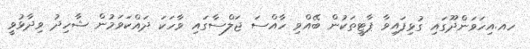
ހއ.އިހަވަންދޫގައި ގުޅިފައިވާ ޕާޓީތަކުން ބޭއްވި ހާއްސަ ޖަލްސާގައި ވާހަކަ ދައްކަވަމުން ޝާހިދު ވިދާޅުވީ